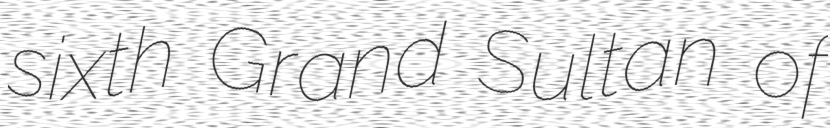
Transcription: sixth Grand Sultan of